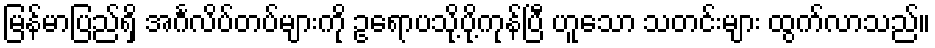
မြန်မာပြည်ရှိ အင်္ဂလိပ်တပ်များကို ဥရောပသို့ပို့ကုန်ပြီ ဟူသော သတင်းများ ထွက်လာသည်။